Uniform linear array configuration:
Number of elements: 24
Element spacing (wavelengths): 1
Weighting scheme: kaiser
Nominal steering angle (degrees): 0
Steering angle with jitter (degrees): -0.5897
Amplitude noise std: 0.05
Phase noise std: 0.05

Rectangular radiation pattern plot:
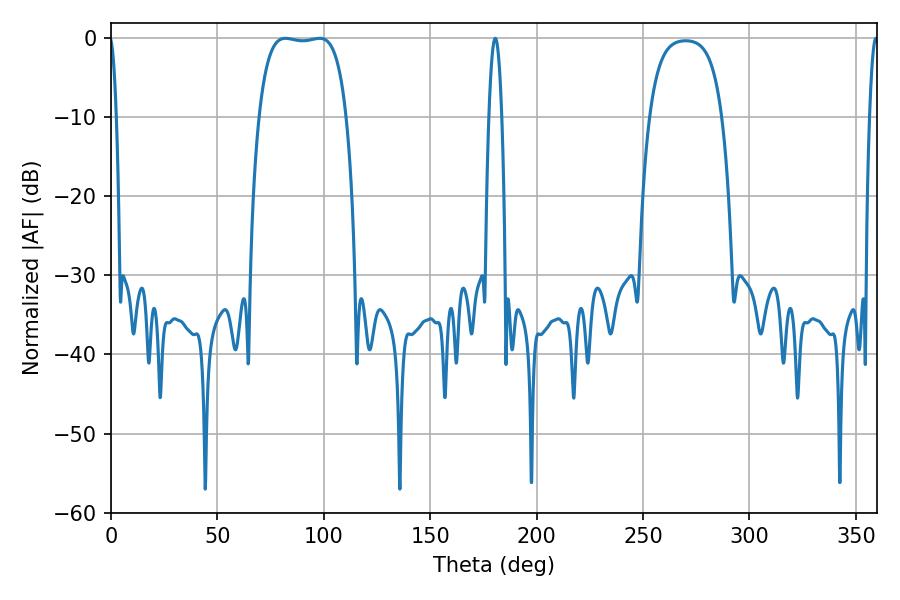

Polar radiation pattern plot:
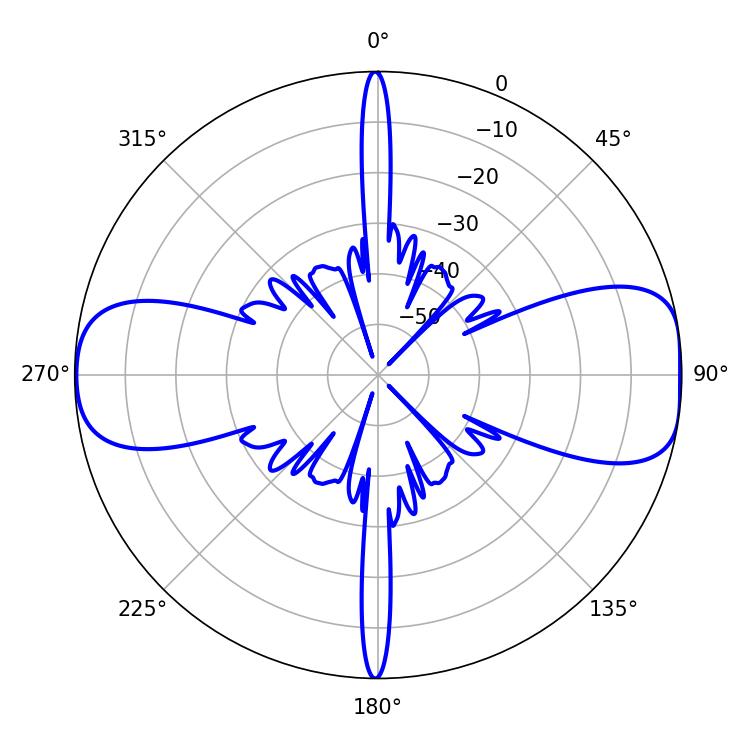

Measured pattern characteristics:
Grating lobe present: TRUE
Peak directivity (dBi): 10.762
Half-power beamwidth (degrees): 32.4
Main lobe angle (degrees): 81.9